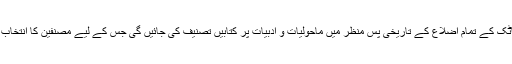
ریاست کرناٹک کے تمام اضلاع کے تاریخی پس منظر میں ماحولیات و ادبیات پر کتابیں تصنیف کی جائیں گی جس کے لیے مصنفین کا انتخاب ہو چکا ہے۔